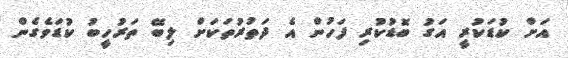
އަށް ކުޑަކުރީ އަގު ބޮޑުކުރި ފަހުން އެ ދަތުރުތަކަށް ލިބޭ ތަރުހީބު ކުޑަވެގެން